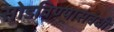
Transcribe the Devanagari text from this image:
सोडविण्यासंबंधी